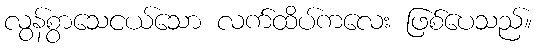
လွန်စွာသေငယ်သော လက်ထိပ်ကလေး ဖြစ်ပေသည်။